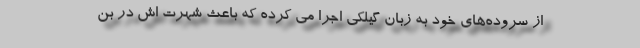
از سروده‌های خود به زبان گیلکی اجرا می کرده که باعث شهرت اش در بن